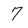
Character: 7